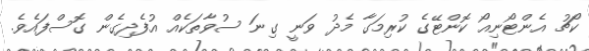
ކޯޗު އެންޓޯނިއޯ ކޮންޓޭގެ ކުރިމަގާ މެދު ވަނީ ގިނަ ސުވާތަކެއް އުފެދިގެން ގޮސްފައެވެ.